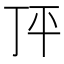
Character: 𰏣